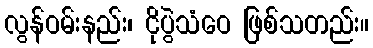
လွန်ဝမ်းနည်း၊ ငိုပွဲသံဝေ ဖြစ်သတည်း။